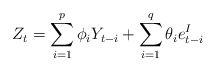
LaTeX: \begin{align*}Z_{t}=\sum_{i=1}^{p}\phi_{i}Y_{t-i}+\sum_{i=1}^{q}\theta_{i}e_{t-i}^{I}\end{align*}